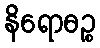
နိရောဓဉ္စ